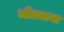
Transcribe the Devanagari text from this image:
धोंड्यास